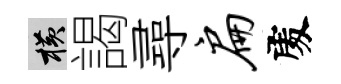
横謁尋扁𠁅